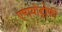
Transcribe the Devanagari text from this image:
एमायोट्रोफी